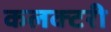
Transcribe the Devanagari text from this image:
कलक्‍टरी